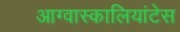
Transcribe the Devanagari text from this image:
आग्वास्कालियांटेस